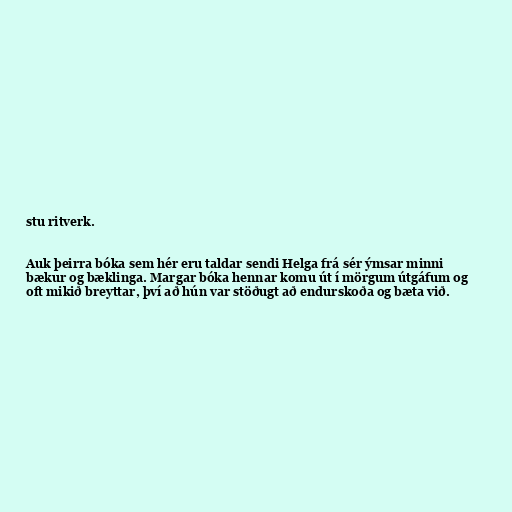
stu ritverk.

Auk þeirra bóka sem hér eru taldar sendi Helga frá sér ýmsar minni
bækur og bæklinga. Margar bóka hennar komu út í mörgum útgáfum og
oft mikið breyttar, því að hún var stöðugt að endurskoða og bæta við.